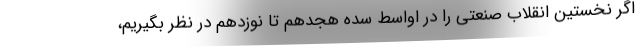
اگر نخستین انقلاب صنعتی را در اواسط سده هجدهم تا نوزدهم در نظر بگیریم،